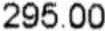
295.00